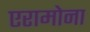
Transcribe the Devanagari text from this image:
एरामोना